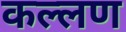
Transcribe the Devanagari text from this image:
कल्लण